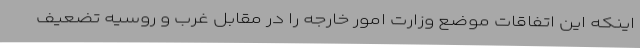
اینکه این اتفاقات موضع وزارت امور خارجه را در مقابل غرب و روسیه تضعیف